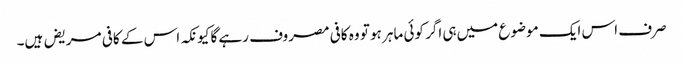
صرف اس ایک موضوع میں‌ہی اگر کوئی ماہر ہو تو وہ کافی مصروف رہے گا کیونکہ اس کے کافی مریض ہیں۔